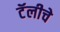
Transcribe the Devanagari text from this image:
टॅलीचे